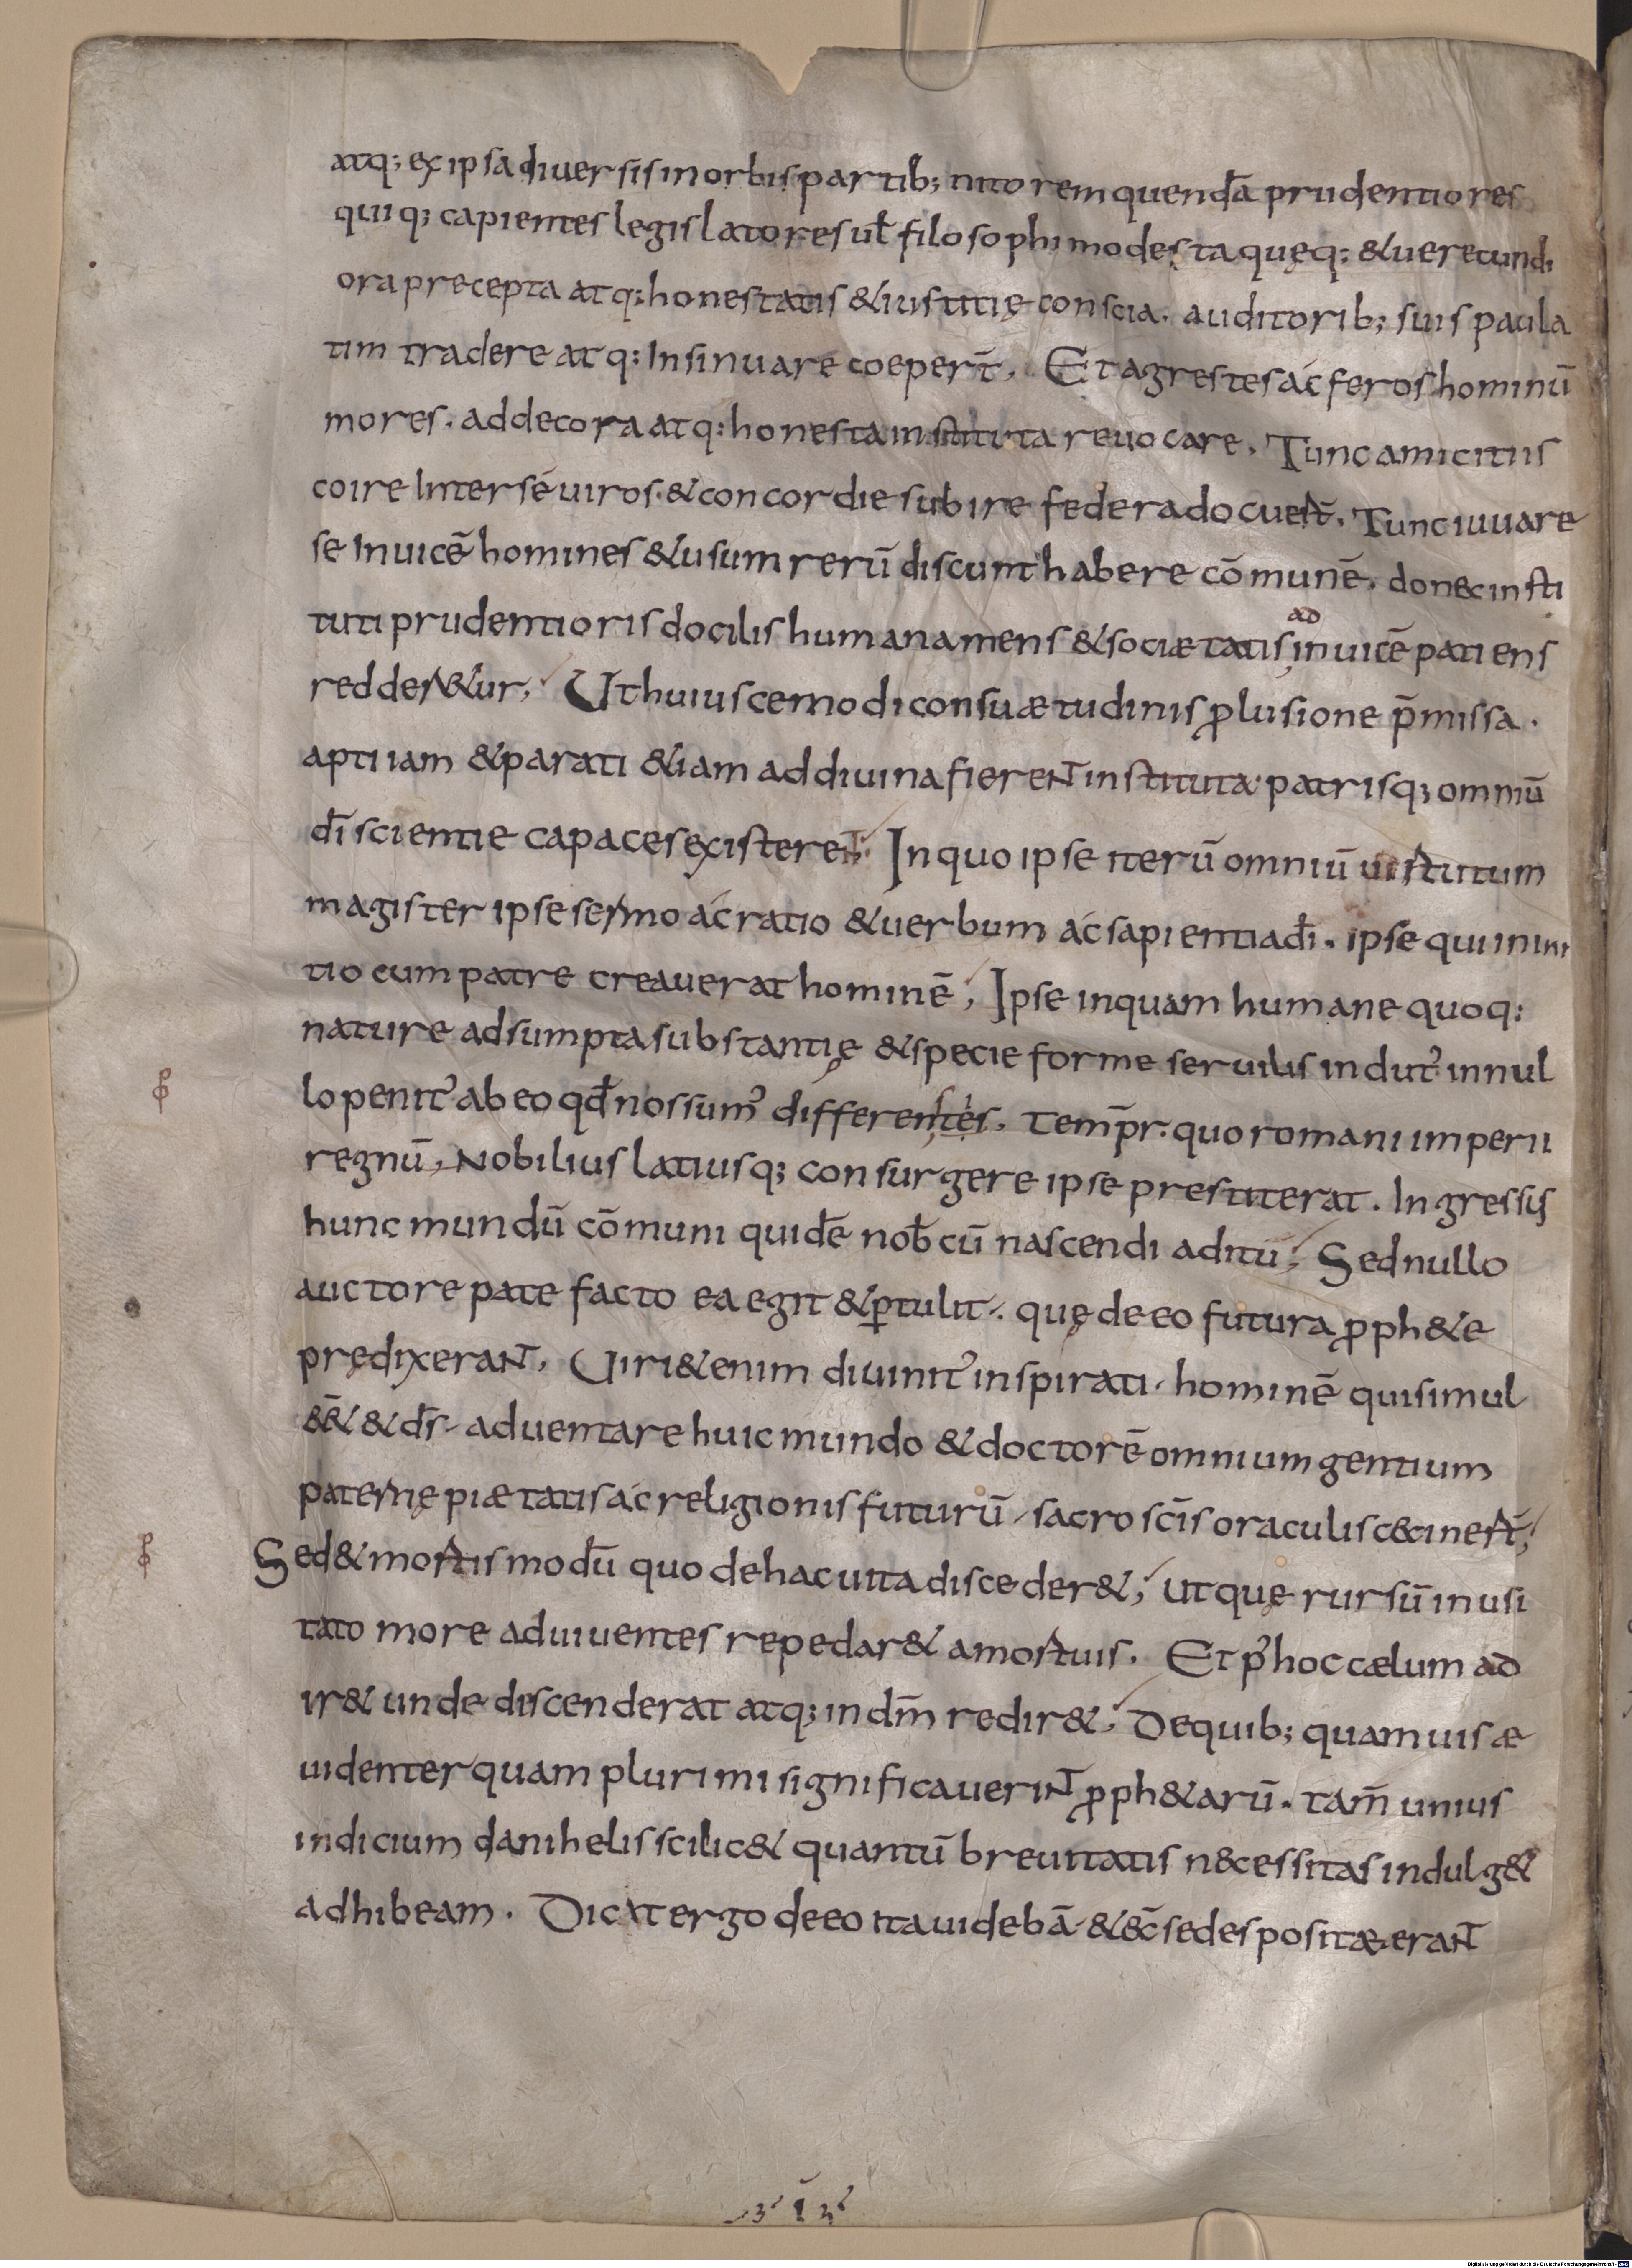
Shelfmark: Munich, Bayerische Staatsbibliothek, Clm 6375
Century: 9